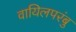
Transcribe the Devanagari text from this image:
वायिलपरंबु